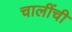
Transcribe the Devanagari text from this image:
चालींची